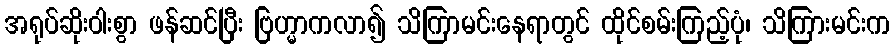
အရုပ်ဆိုးဝါးစွာ ဖန်ဆင်ပြီး ဗြဟ္မာကလာ၍ သိကြာမင်းနေရာတွင် ထိုင်စမ်းကြည့်ပုံ၊ သိကြားမင်းက